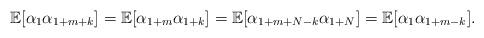
LaTeX: \begin{align*}\mathbb{E}[\alpha_1\alpha_{1+m+k}]=\mathbb{E}[\alpha_{1+m}\alpha _{1+k}]=\mathbb{E}[\alpha_{1+m+N-k}\alpha_{1+N}]=\mathbb{E}[\alpha _{1}\alpha_{1+m-k}].\end{align*}